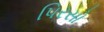
પિરસો